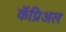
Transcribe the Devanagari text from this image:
कॅप्रिअल